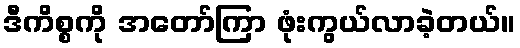
ဒီကိစ္စကို အတော်ကြာ ဖုံးကွယ်လာခဲ့တယ်။